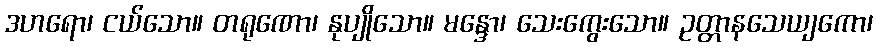
ဒဟရော၊ ငယ်သော။ တရုဏော၊ နုပျိုသော။ မန္ဒော၊ သေးကွေးသော။ ဥတ္တာနသေယျကော၊